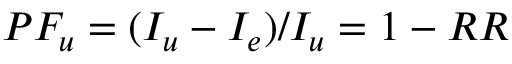
P F _ { u } = ( I _ { u } - I _ { e } ) / I _ { u } = 1 - R R